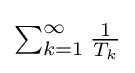
\textstyle \sum _{k=1}^{\infty }{\frac {1}{T_{k}}}